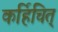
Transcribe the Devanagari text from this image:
कर्हिचित्